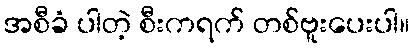
အစီခံ ပါတဲ့ စီးကရက် တစ်ဗူးပေးပါ။